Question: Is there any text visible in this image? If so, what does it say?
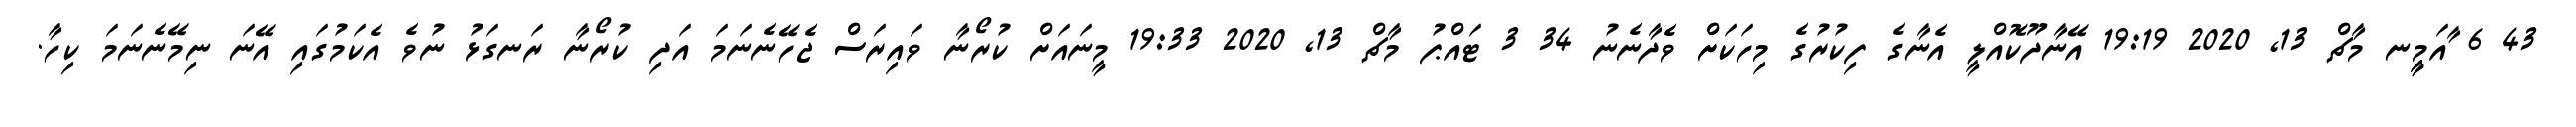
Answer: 43 6 ާއަމީީނ މާޗް 13, 2020 19:19 އޭނާދޫކޮއްލީ އެނާގެ ފިކުރުގެ މިހަކަށް ވެދާނެނު 34 3 ޓައްޕު މާޗް 13, 2020 19:33 މީނައަށް ކުރޯނާ ވައިރަސް ޖެހޭނެނަމަ އަދި ކުރޯނާ ރަނގަޅު ނުވެ އެކަމުގައި އޭނަ ނިމޭނެނަމަ ކިހާ.